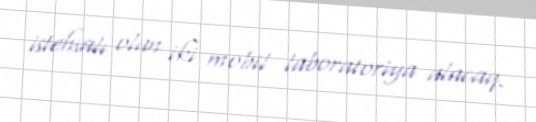
istehsalı olan iki mobil laboratoriya alacaq.